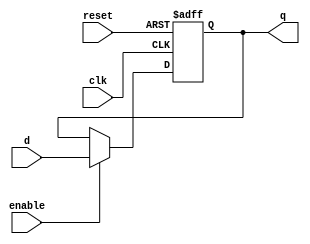
module  FlipFlopD1b(input d,enable,reset,clk,output reg q);
    always @(posedge clk, posedge reset) begin  
        if (reset) q = 0; 
        else if (enable) q = d; 
    end
endmodule


module FlipFlopT(input enable, reset, clk, output wire q );

    FlipFlopD1b FF(~q,enable, reset,clk,q); //Ecuacion obtenida de LogicFriday
endmodule